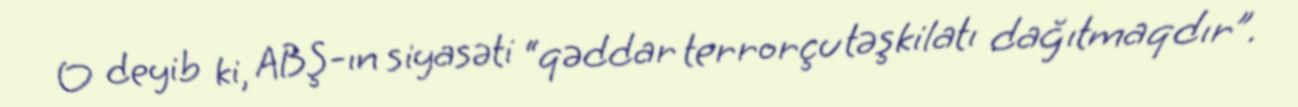
O deyib ki, ABŞ-ın siyasəti “qəddar terrorçu təşkilatı dağıtmaqdır”.